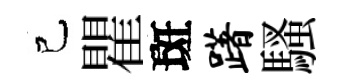
己瞿斑躇騷